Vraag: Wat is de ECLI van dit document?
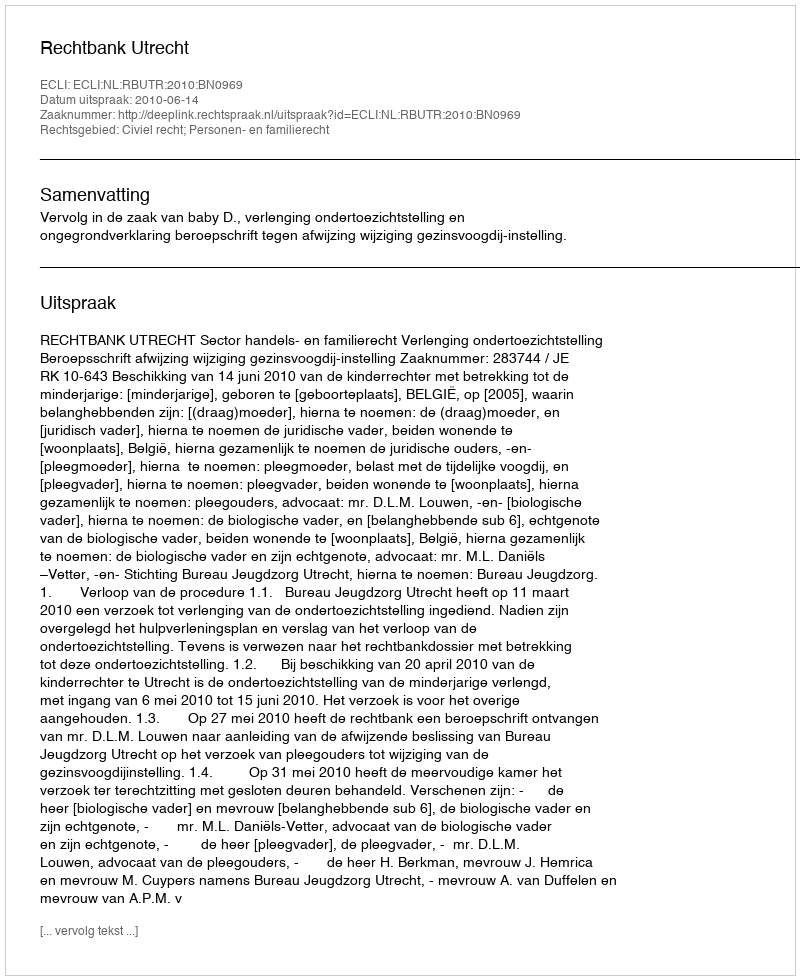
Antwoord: ECLI:NL:RBUTR:2010:BN0969